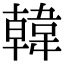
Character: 韓